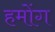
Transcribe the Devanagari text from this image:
हमोंग